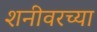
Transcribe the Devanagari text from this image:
शनीवरच्या